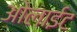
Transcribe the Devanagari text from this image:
ओलाईट